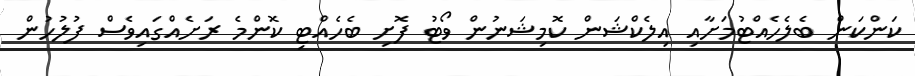
ކަންކަން ބެލެހެއްޓުމަށާއި އިލެކްޝަން ކޮމިޝަނުން ވޯޓު ފޮށި ބެހެއްޓި ކޮންމެ ރަށެއްގައިވެސް ފުލުހުން